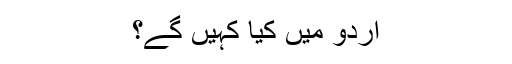
اردو میں کیا کہیں گے؟